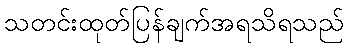
သတင်းထုတ်ပြန်ချက်အရသိရသည်